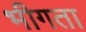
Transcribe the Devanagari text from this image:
भीगता